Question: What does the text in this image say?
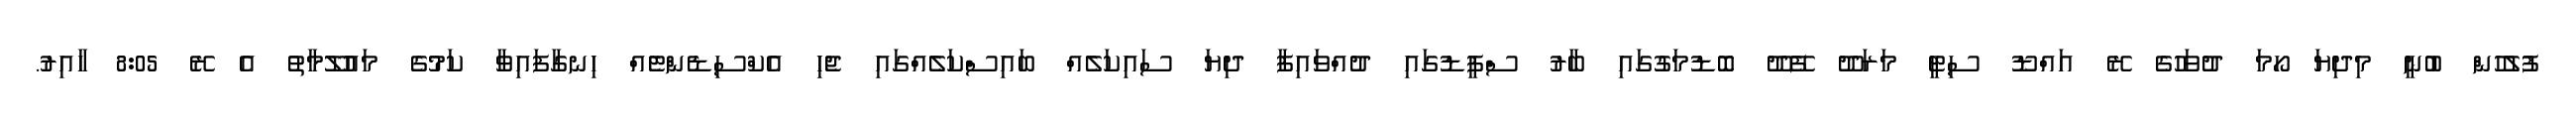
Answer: ފުލުހުން ބުނީ މިދިޔަ ހޯމަ ދުވަހުގެ ރޭ އައްޑޫ ސިޓީ މަރަދޫ ފޭދޫ ބޮޑުމަގުގައި ބާރު ސްޕީޑުގައި ދުއްވައިފާ ދިޔަ ސައިކަލެއް ބައިސްކަލެއްގައި ޖެހި އެކްސިޑެންޓެއް ހިނގާފައިވާ ކަމުގެ މައުލޫމާތު އެ ރޭ 8:05 ހާއިރު.